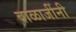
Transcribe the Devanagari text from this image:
बाळाजींनी